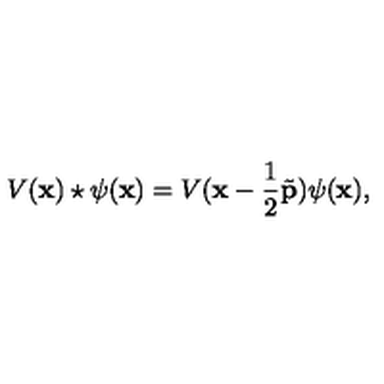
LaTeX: V ( { \bf x } ) \star \psi ( { \bf x } ) = V ( { \bf x } - \frac { 1 } { 2 } { \tilde { \bf p } } ) \psi ( { \bf x } ) ,